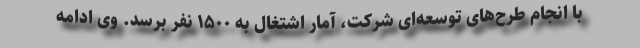
با انجام طرح‌های توسعه‌ای شرکت، آمار اشتغال به ۱۵۰۰ نفر برسد. وی ادامه